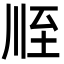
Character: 𦤸